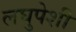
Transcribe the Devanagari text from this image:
लघुपेशी